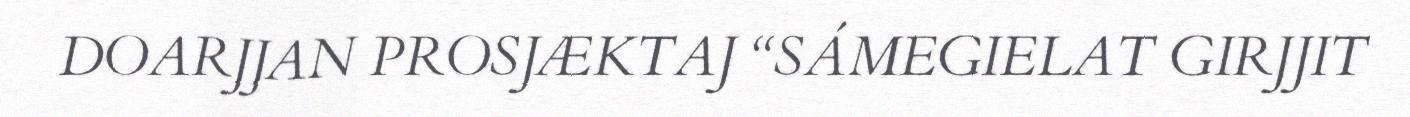
DOARJJAN PROSJÆKTAJ “SÁMEGIELAT GIRJJIT